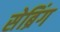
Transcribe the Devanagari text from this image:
सेब्रिंग